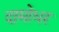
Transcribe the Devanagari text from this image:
दामोधर